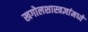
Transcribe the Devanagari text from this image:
खगोलशास्त्रज्ञांमध्ये